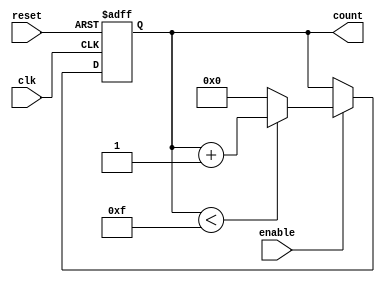
module binary_counter #(
    parameter MIN_VALUE = 0,       // Minimum count value
    parameter MAX_VALUE = 15,      // Maximum count value (adjust as needed)
    parameter WIDTH = $clog2(MAX_VALUE + 1) // Number of bits required
)(
    input wire clk,                // Clock signal
    input wire reset,              // Asynchronous reset signal
    input wire enable,             // Enable signal
    output reg [WIDTH-1:0] count   // Current count value
);

    // Internal logic for the counter
    always @(posedge clk or posedge reset) begin
        if (reset) begin
            count <= MIN_VALUE;    // Reset to minimum value
        end else if (enable) begin
            if (count < MAX_VALUE) begin
                count <= count + 1; // Increment count
            end else begin
                count <= MIN_VALUE;  // Wrap around to minimum value
            end
        end
    end

endmodule